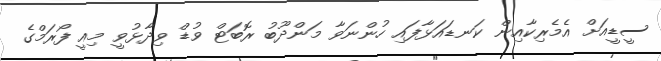
ސީޑީއަށް އެމެރިކާއިން ކަނޑައަޅާފައި ހުންނަވާ މަންދޫބު ރޮބަޓް ވުޑް ވިދާޅުވީ މިއީ ފޯރަމްގެ